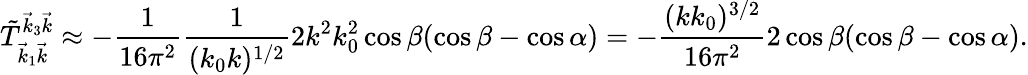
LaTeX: \tilde{T}_{\vec{k}_{1}\vec{k}}^{\vec{k}_{3}\vec{k}}\approx-\frac{1}{16\pi^{2}}\frac{1}{(k_{0}k)^{1/2}}2k^{2}k_{0}^{2}\cos\beta(\cos\beta-\cos\alpha)=-\frac{(kk_{0})^{3/2}}{16\pi^{2}}2\cos\beta(\cos\beta-\cos\alpha).